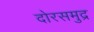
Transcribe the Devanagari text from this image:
दोरसमुद्र